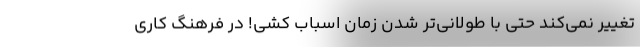
تغییر نمی‌کند حتی با طولانی‌تر شدن زمان اسباب کشی! در فرهنگ کاری